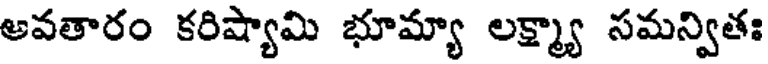
అవతారం కరిష్యామి భూమ్యా లక్ష్మ్యా సమన్వితః